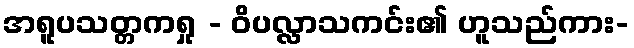
အရူပသတ္တကရှု - ဝိပလ္လာသကင်း၏ ဟူသည်ကား-